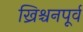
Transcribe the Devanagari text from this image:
ख्रिश्चनपूर्व